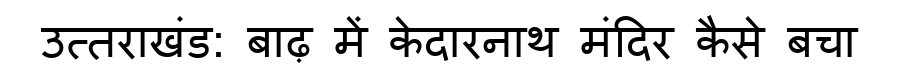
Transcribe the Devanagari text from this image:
उत्तराखंड: बाढ़ में केदारनाथ मंदिर कैसे बचा